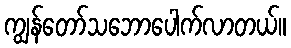
ကျွန်တော်သဘောပေါက်လာတယ်။